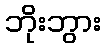
ဘိုးဘွား